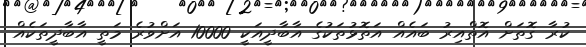
ކުރާ ގޮތަށް އޮތްއިރު ބައެއް އަތޮޅުތަކުގެ އާބާދީއަކީ 10000 އަށްވުރެ މަތީ އާބާދީތަކެއް